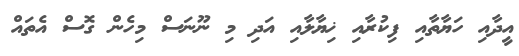
އީދާއި ހަޔާތާއި ފިކުރާއި ޚިޔާލާއި އަދި މި ނޫނަސް މިހެން ގޮސް އެތައް